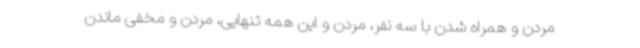
مردن و همراه شدن با سه نفر، مردن و این همه تنهایی، مردن و مخفی ماندن